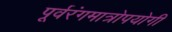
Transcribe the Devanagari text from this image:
पूर्वरंगमात्रोपयोगी